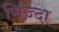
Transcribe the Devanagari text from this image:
सिज़्दा